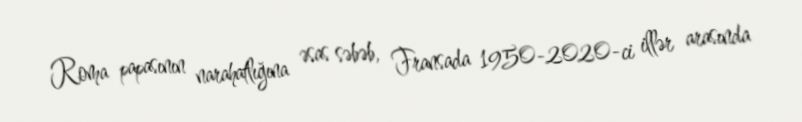
Roma papasının narahatlığına əsas səbəb, Fransada 1950-2020-ci illər arasında